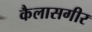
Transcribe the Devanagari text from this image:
कैलासगीर